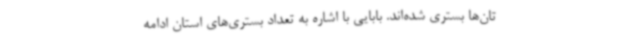
تان‌ها بستری شده‌اند. بابایی با اشاره به تعداد بستری‌های استان ادامه